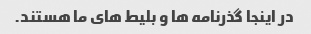
در اینجا گذرنامه ها و بلیط های ما هستند.